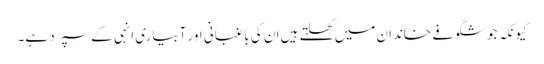
کیونکہ جو شگوفے خاندان میں کھلتے ہیں ان کی باغبانی اور آبیاری انہی کے سپرد ہے۔